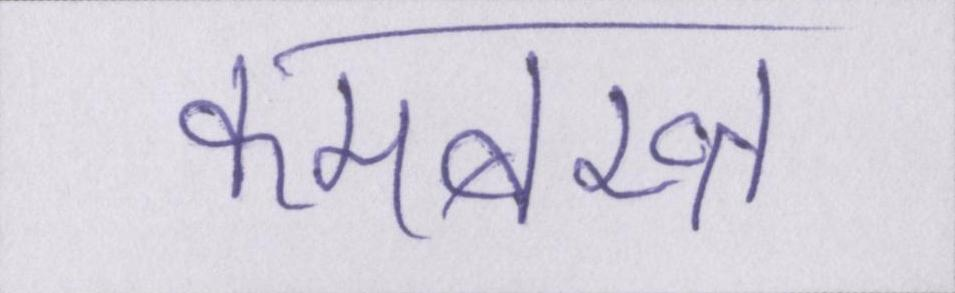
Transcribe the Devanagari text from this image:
कमबख्त